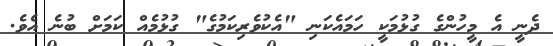
ދެނީ އެ މީހުންގެ ގުޅުމަކީ ހަމައެކަނި "އެކުވެރިކަމުގެ" ގުޅުމެއް ކަމަށް ބުނެ އެވެ.